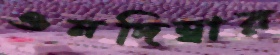
ওনদিম্বার